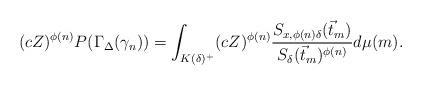
LaTeX: \begin{align*}(cZ)^{\phi(n)}P(\Gamma_{\Delta}(\gamma_{n}))=\int_{K(\delta)^{+}}(cZ)^{\phi(n)}\frac{S_{x,\phi(n)\delta}(\vec{t}_{m})}{S_{\delta}(\vec{t}_{m})^{\phi(n)}}d\mu(m).\end{align*}